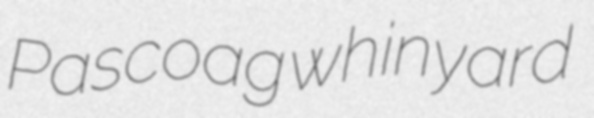
Pascoag whinyard